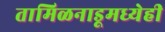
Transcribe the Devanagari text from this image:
तामिळनाडूमध्येही